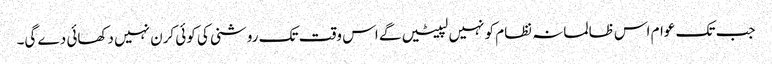
جب تک عوام اس ظالمانہ نظام کو نہیں لپیٹیں گے اس وقت تک روشنی کی کوئی کرن نہیں دکھائی دے گی۔